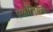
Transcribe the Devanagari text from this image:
एलॉसियस